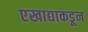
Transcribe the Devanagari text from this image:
एखाद्याकडून